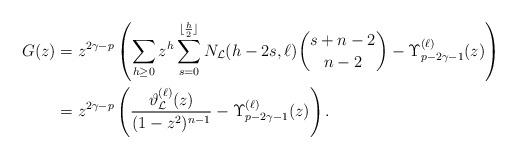
LaTeX: \begin{align*}G(z)&= z^{2\gamma-p} \left(\sum_{h\geq 0} z^h \sum_{s=0}^{\lfloor\frac{h}{2}\rfloor} N_{\mathcal L}(h-2s,\ell) \binom{s+n-2}{n-2} - \Upsilon_{p-2\gamma-1}^{(\ell)}(z) \right) \\&= z^{2\gamma-p} \left(\frac{\vartheta_{\mathcal L}^{(\ell)}(z)}{(1-z^2)^{n-1}}-\Upsilon_{p-2\gamma-1}^{(\ell)}(z) \right).\end{align*}